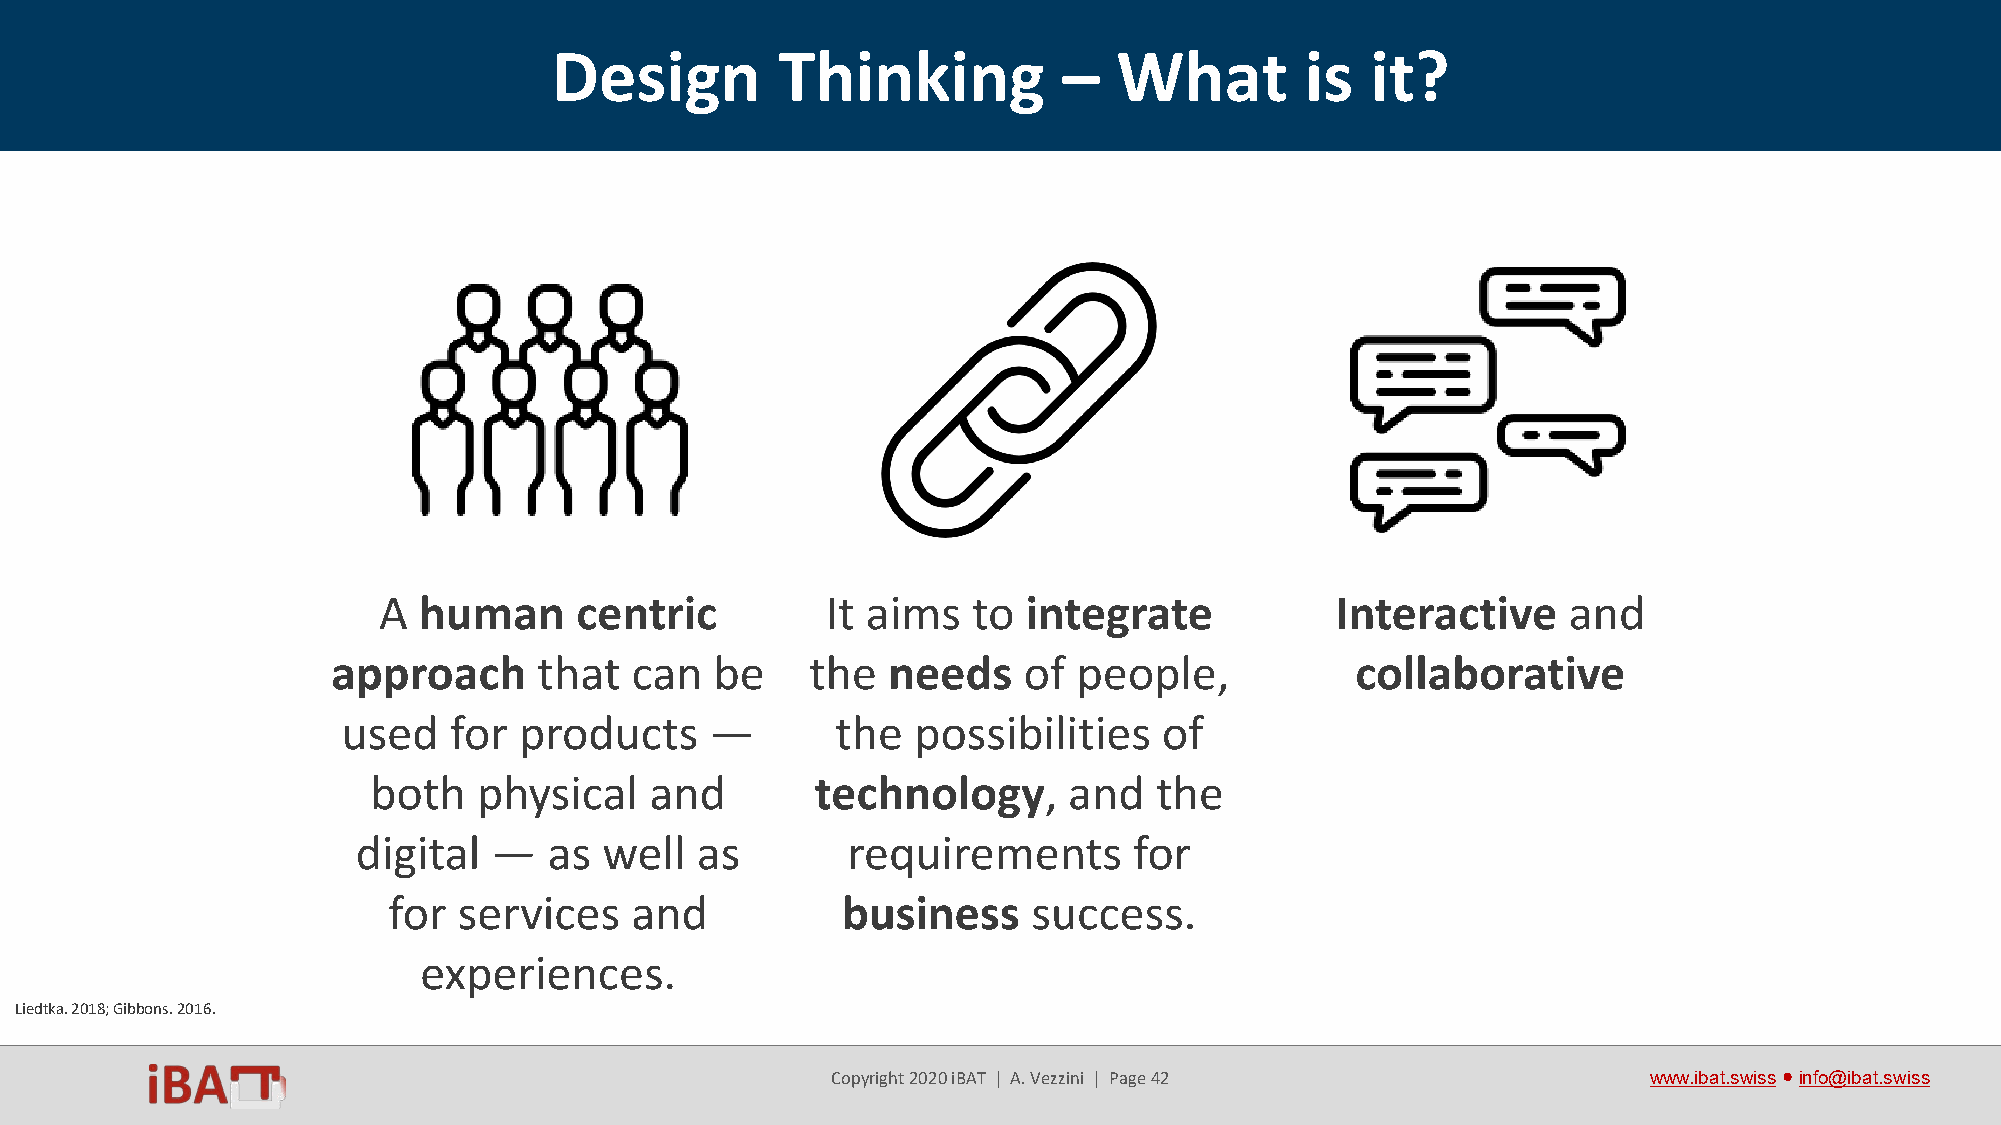
Design         Thinking           –   What        is   it?
 A  human     centric          It aims  to  integrate           Interactive     and
 approach      that  can  be     the  needs    of people,            collaborative
 used   for products     —       the   possibilities   of
 both    physical   and        technology,      and  the
 digital —   as  well  as        requirements       for
 for services    and           business    success.
 experiences.
 Liedtka. 2018; Gibbons. 2016.
 Copyright 2020 iBAT | A. Vezzini | Page 42            www.ibat.swiss●info@ibat.swiss